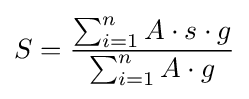
S={\frac {\sum _{i=1}^{n}A\cdot s\cdot g}{\sum _{i=1}^{n}A\cdot g}}